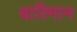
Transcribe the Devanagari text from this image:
बारिमान